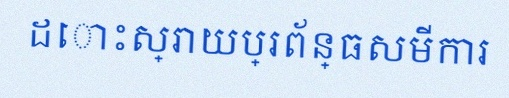
ដោះស្រាយប្រព័ន្ធសមីការ